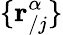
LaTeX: \{ \mathbf{r}_{/j}^{\alpha}\}